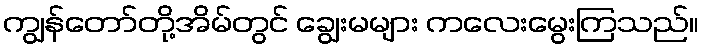
ကျွန်တော်တို့အိမ်တွင် ချွေးမများ ကလေးမွေးကြသည်။